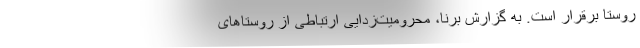
روستا برقرار است. به گزارش برنا، محرومیت‌زدایی ارتباطی از روستاهای